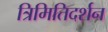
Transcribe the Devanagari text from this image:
त्रिमितिदर्शन